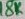
Text: 18K